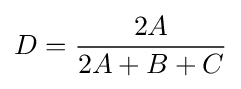
D={\frac {2A}{2A+B+C}}